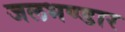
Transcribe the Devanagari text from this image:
जलभण्डार